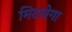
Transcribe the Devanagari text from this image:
मिटावेगा